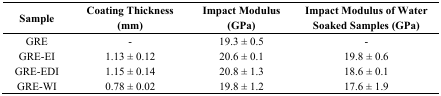
<table><thead><tr><td><b>Sample</b></td><td><b>Coating Thickness (mm)</b></td><td><b>Impact Modulus (GPa)</b></td><td><b>Impact Modulus of Water Soaked Samples (GPa)</b></td></tr></thead><tbody><tr><td>GRE</td><td>-</td><td>19.3 ± 0.5</td><td>-</td></tr><tr><td>GRE-EI</td><td>1.13 ± 0.12</td><td>20.6 ± 0.1</td><td>19.8 ± 0.6</td></tr><tr><td>GRE-EDI</td><td>1.15 ± 0.14</td><td>20.8 ± 1.3</td><td>18.6 ± 0.1</td></tr><tr><td>GRE-WI</td><td>0.78 ± 0.02</td><td>19.8 ± 1.2</td><td>17.6 ± 1.9</td></tr></tbody></table>